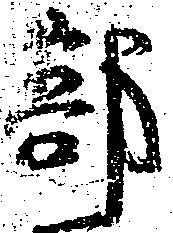
部